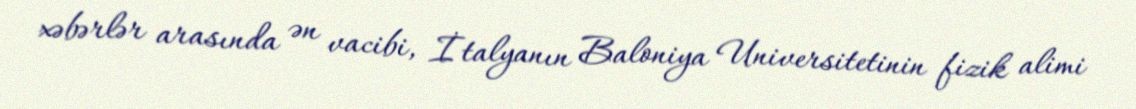
xəbərlər arasında ən vacibi, İtalyanın Baloniya Universitetinin fizik alimi